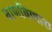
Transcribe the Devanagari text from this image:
बाणविणारा